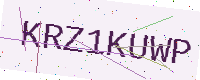
Text: KRZ1KUWP